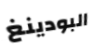
البودينغ